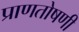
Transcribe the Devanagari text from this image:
प्राणतोषणी